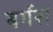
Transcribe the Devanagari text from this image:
बर्गर।